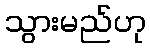
သွားမည်ဟု